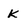
Character: k